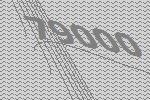
79000